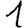
Digit: 1